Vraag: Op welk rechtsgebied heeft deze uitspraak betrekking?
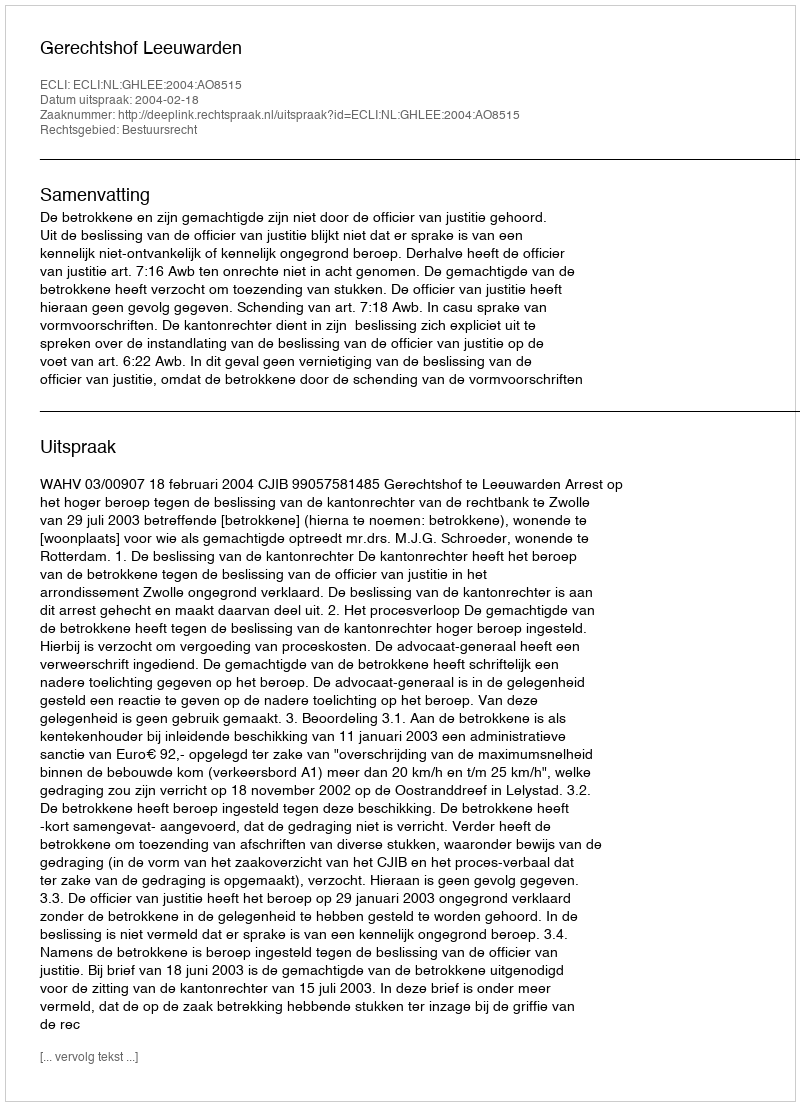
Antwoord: Bestuursrecht